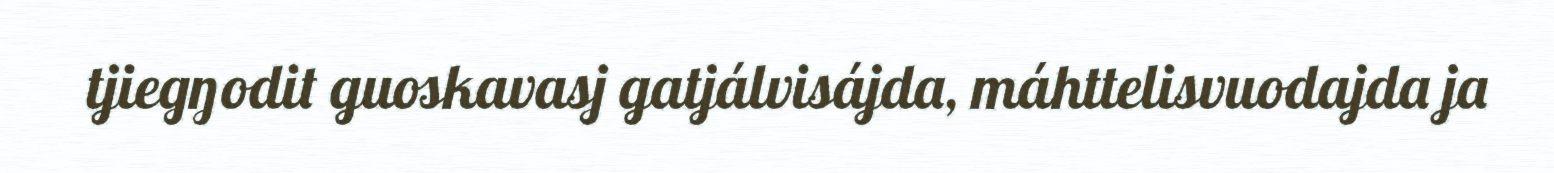
tjiegŋodit guoskavasj gatjálvisájda, máhttelisvuodajda ja